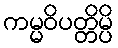
ကမ္မဝိပတ္တိမ္ပိ